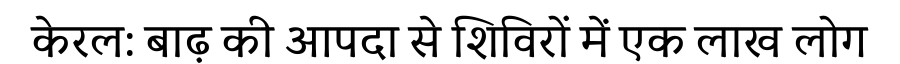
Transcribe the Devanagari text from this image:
केरल: बाढ़ की आपदा से शिविरों में एक लाख लोग